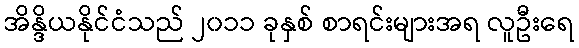
အိန္ဒိယနိုင်ငံသည် ၂၀၁၁ ခုနှစ် စာရင်းများအရ လူဦးရေ